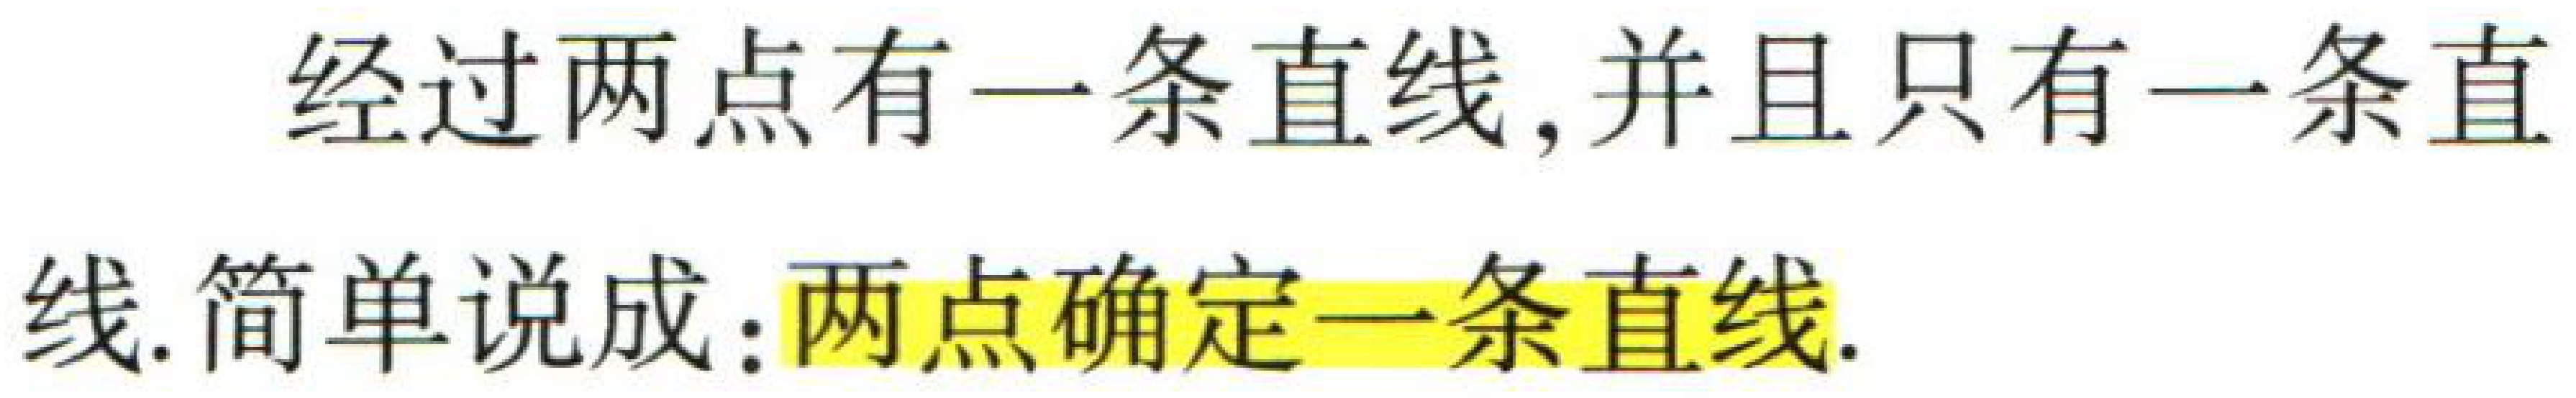
经过两点有一条直线, 并且只有一条直线. 简单说成：两点确定一条直线.